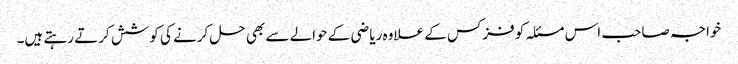
خواجہ صاحب اس مسئلہ کو فزکس کے علاوہ ریاضی کے حوالے سے بھی حل کرنے کی کوشش کرتے رہتے ہیں۔